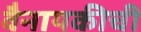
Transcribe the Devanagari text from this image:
वैनायकीची